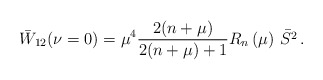
\begin{align*}\bar{W}_{12}(\nu =0)=\mu ^{4}\frac{2(n+\mu )}{2(n+\mu )+1}R_{n}\left( \mu\right) \,\bar{S^{2}}\,. \end{align*}